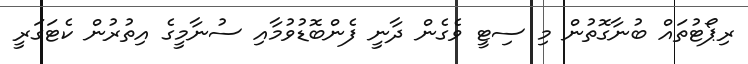
ރިޕޯޓުތައް ބުނާގޮތުން މި ސިޓީ ވެގެން ދާނީ ފެންބޮޑުވުމާއި ސުނާމީގެ އިތުރުން ކެޓަގަރީ